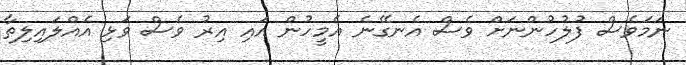
ނަމަވެސް ފުލުހުންނަށް ވެސް އެނގޭނެ އެމީހުން އައި އިރު ވެސް ވަޅި އެއްލައިލިތާ